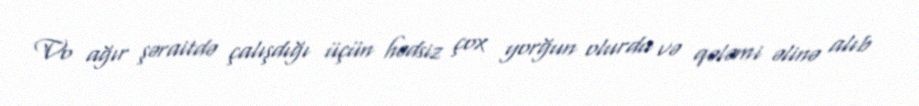
Vo ağır şəraitdə çalışdığı üçün hədsiz çox yorğun olurdu və qələmi əlinə alıb